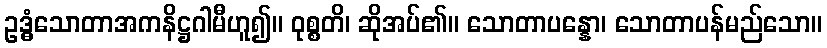
ဥဒ္ဓံသောတာအကနိဋ္ဌဂါမီဟူ၍။ ဝုစ္စတိ၊ ဆိုအပ်၏။ သောတာပန္နော၊ သောတာပန်မည်သော။